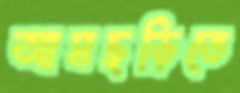
আমছড়িতে